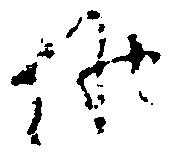
候